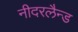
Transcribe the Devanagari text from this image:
नीदरलैन्ड